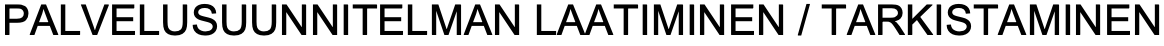
PALVELUSUUNNITELMAN LAATIMINEN / TARKISTAMINEN